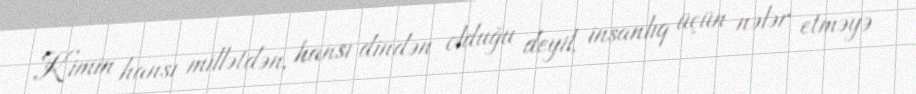
Kimin hansı millətdən, hansı dindən olduğu deyil, insanlıq üçün nələr etməyə